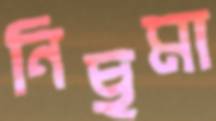
নিছমা